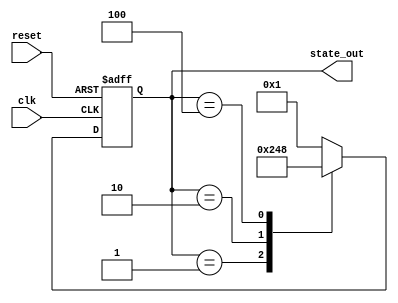
module StateInitialization (
    input wire clk,               // Clock signal
    input wire reset,             // Reset signal (active-high)
    output reg [3:0] state_out    // State output (4-bit vector)
);

// Internal state registers
reg [3:0] current_state;

// Predefined initial state value
parameter INITIAL_STATE = 4'b0001;

// State transition logic (example)
always @(posedge clk or posedge reset) begin
    if (reset) begin
        // Initialize internal states to predefined values
        current_state <= INITIAL_STATE;
    end else begin
        // Update state based on current state and other conditions
        // Example state transition logic (simple counter for illustration)
        case (current_state)
            4'b0001: current_state <= 4'b0010; // Transition from state 1 to 2
            4'b0010: current_state <= 4'b0100; // Transition from state 2 to 4
            4'b0100: current_state <= 4'b1000; // Transition from state 4 to 8
            4'b1000: current_state <= 4'b0001; // Transition from state 8 to 1
            default: current_state <= INITIAL_STATE; // Default to initial state
        endcase
    end
end

// Assign current state to output
always @(*) begin
    state_out = current_state;
end

endmodule